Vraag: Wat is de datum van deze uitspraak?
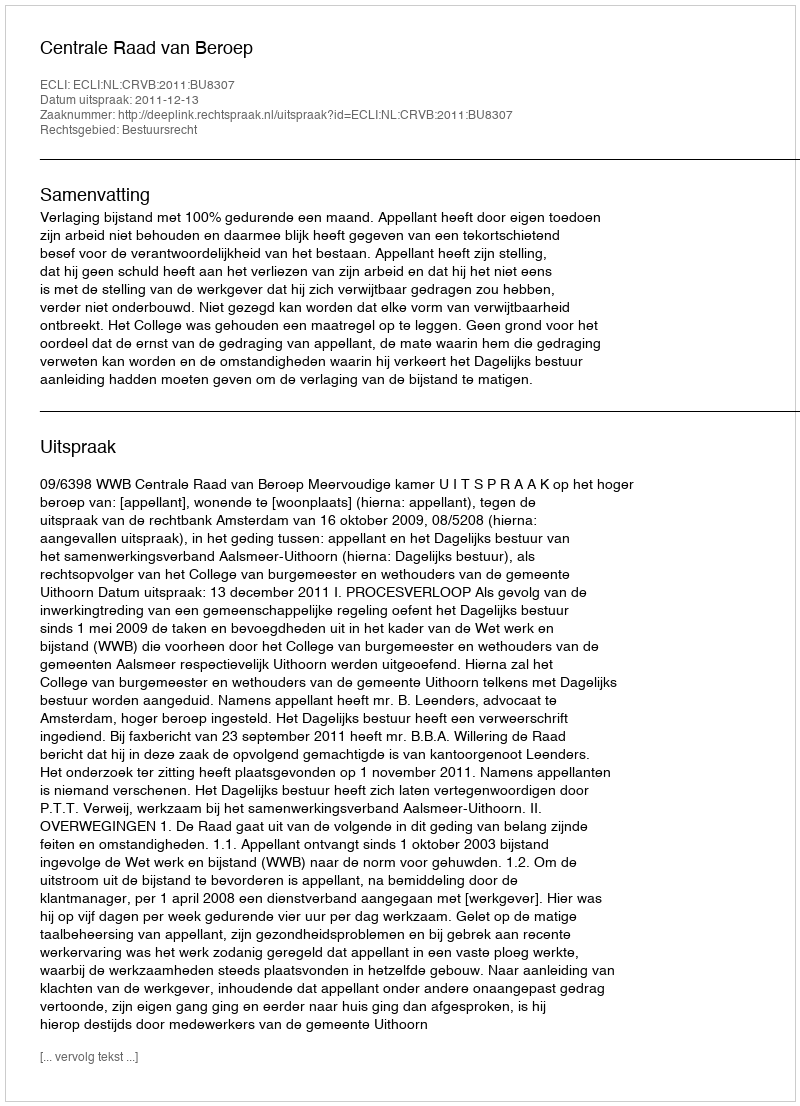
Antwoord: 2011-12-13